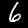
Digit: 6